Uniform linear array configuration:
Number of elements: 48
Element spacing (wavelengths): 0.5
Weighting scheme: blackman
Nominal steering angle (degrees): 15
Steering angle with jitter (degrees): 16.858
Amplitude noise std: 0.05
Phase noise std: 0.05

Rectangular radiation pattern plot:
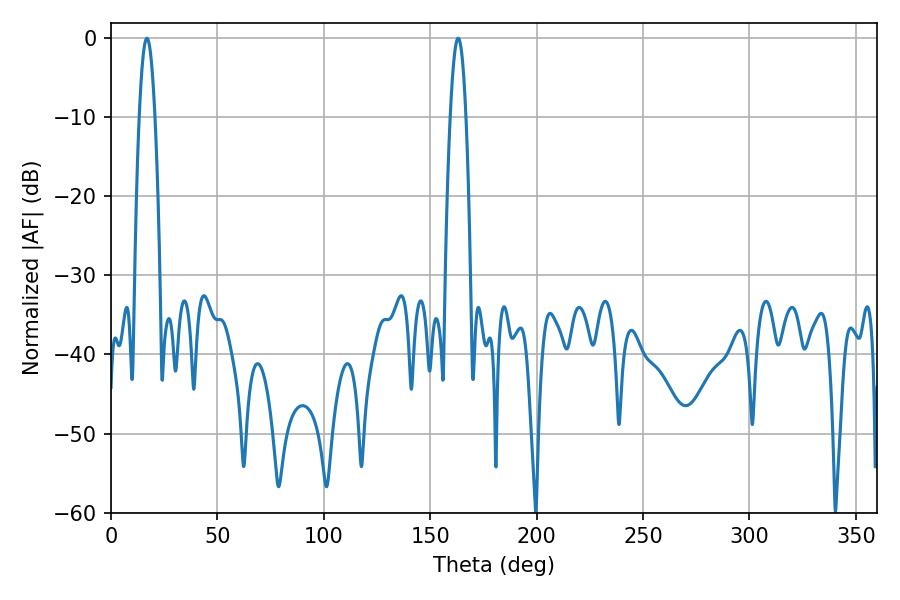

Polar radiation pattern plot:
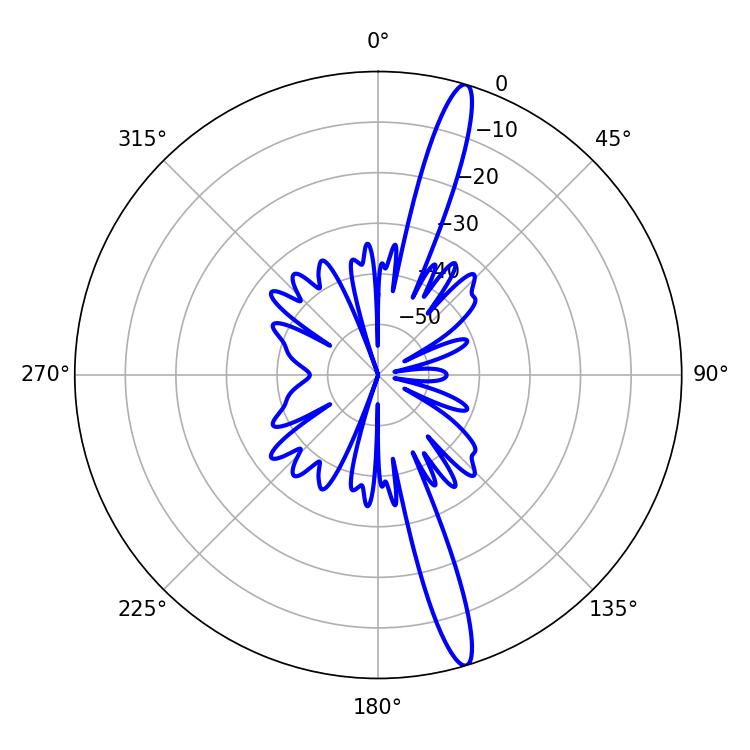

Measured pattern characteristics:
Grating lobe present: FALSE
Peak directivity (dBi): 16.519
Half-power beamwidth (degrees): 3.96
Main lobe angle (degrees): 16.92